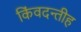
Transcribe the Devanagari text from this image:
किंवदन्तीह